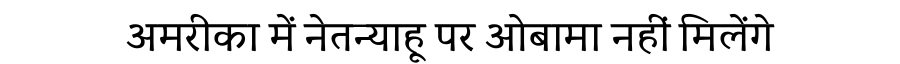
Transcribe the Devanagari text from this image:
अमरीका में नेतन्याहू पर ओबामा नहीं मिलेंगे